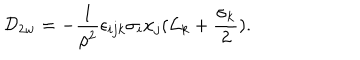
LaTeX: { \cal D } _ { 2 w } = - { \frac { 1 } { { \rho } ^ { 2 } } } { \epsilon } _ { i j k } { \sigma } _ { i } x _ { j } ( { \cal L } _ { k } + \frac { { \sigma } _ { k } } { 2 } ) .